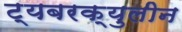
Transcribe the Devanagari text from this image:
ट्यबरक्युलीन